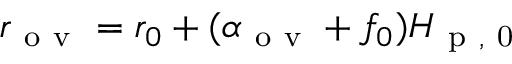
r _ { \mathrm { ~ o ~ v ~ } } = r _ { 0 } + ( \alpha _ { \mathrm { ~ o ~ v ~ } } + f _ { 0 } ) H _ { \mathrm { ~ p ~ , ~ 0 ~ } }